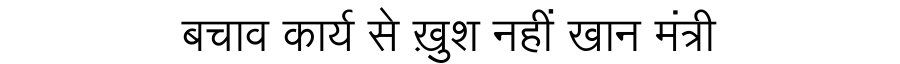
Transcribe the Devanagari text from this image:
बचाव कार्य से ख़ुश नहीं खान मंत्री